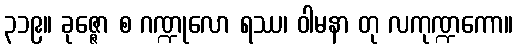
၃၁၉။ ခုဇ္ဇော စ ဂဏ္ဍုလော ရဿ၊ ဝါမနာ တု လကုဏ္ဍကော။